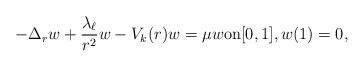
LaTeX: \begin{align*} -\Delta_r w +\frac{\lambda_\ell}{r^2}w - V_k (r) w = \mu w \text{on$[0,1]$}, w(1)=0,\end{align*}